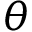
\theta